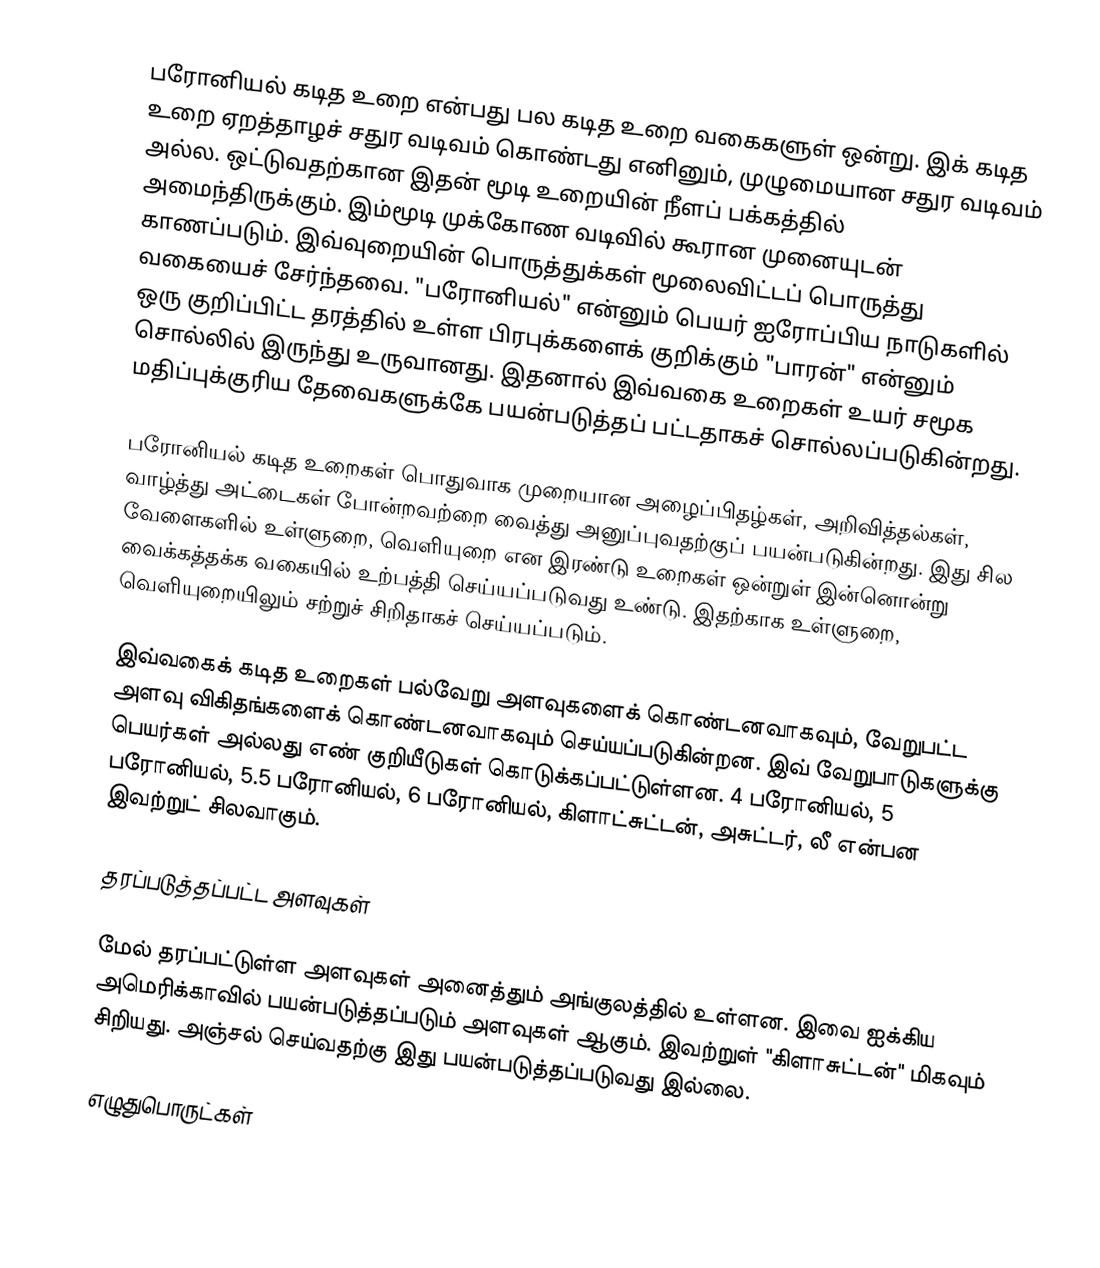
பரோனியல் கடித உறை என்பது பல கடித உறை வகைகளுள் ஒன்று. இக் கடித உறை ஏறத்தாழச் சதுர வடிவம் கொண்டது எனினும், முழுமையான சதுர வடிவம் அல்ல. ஒட்டுவதற்கான இதன் மூடி உறையின் நீளப் பக்கத்தில் அமைந்திருக்கும். இம்மூடி முக்கோண வடிவில் கூரான முனையுடன் காணப்படும். இவ்வுறையின் பொருத்துக்கள் மூலைவிட்டப் பொருத்து வகையைச் சேர்ந்தவை. "பரோனியல்" என்னும் பெயர் ஐரோப்பிய நாடுகளில் ஒரு குறிப்பிட்ட தரத்தில் உள்ள பிரபுக்களைக் குறிக்கும் "பாரன்" என்னும் சொல்லில் இருந்து உருவானது. இதனால் இவ்வகை உறைகள் உயர் சமூக மதிப்புக்குரிய தேவைகளுக்கே பயன்படுத்தப் பட்டதாகச் சொல்லப்படுகின்றது.

பரோனியல் கடித உறைகள் பொதுவாக முறையான அழைப்பிதழ்கள், அறிவித்தல்கள், வாழ்த்து அட்டைகள் போன்றவற்றை வைத்து அனுப்புவதற்குப் பயன்படுகின்றது. இது சில வேளைகளில் உள்ளுறை, வெளியுறை என இரண்டு உறைகள் ஒன்றுள் இன்னொன்று வைக்கத்தக்க வகையில் உற்பத்தி செய்யப்படுவது உண்டு. இதற்காக உள்ளுறை, வெளியுறையிலும் சற்றுச் சிறிதாகச் செய்யப்படும்.

இவ்வகைக் கடித உறைகள் பல்வேறு அளவுகளைக் கொண்டனவாகவும், வேறுபட்ட அளவு விகிதங்களைக் கொண்டனவாகவும் செய்யப்படுகின்றன. இவ் வேறுபாடுகளுக்கு பெயர்கள் அல்லது எண் குறியீடுகள் கொடுக்கப்பட்டுள்ளன. 4 பரோனியல், 5 பரோனியல், 5.5 பரோனியல், 6 பரோனியல், கிளாட்சுட்டன், அசுட்டர், லீ என்பன இவற்றுட் சிலவாகும்.

தரப்படுத்தப்பட்ட அளவுகள்

மேல் தரப்பட்டுள்ள அளவுகள் அனைத்தும் அங்குலத்தில் உள்ளன. இவை ஐக்கிய அமெரிக்காவில் பயன்படுத்தப்படும் அளவுகள் ஆகும். இவற்றுள் "கிளாசுட்டன்" மிகவும் சிறியது. அஞ்சல் செய்வதற்கு இது பயன்படுத்தப்படுவது இல்லை.

எழுதுபொருட்கள்